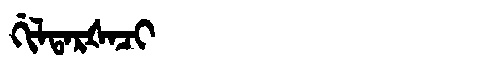
Manchu: ᡤᡳᠯᡨᠠᡵᡧᠠᠴᡳ
Romanization: GILTARŠACI